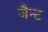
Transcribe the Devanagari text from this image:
जैन्ट